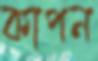
কাপন